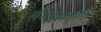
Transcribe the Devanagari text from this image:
लॅमडामधूनच